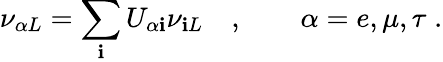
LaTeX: \nu_{{\alpha}L}=\sum_{\mathbf{i}}U_{{\alpha}\mathbf{i}}\nu_{\mathbf{i}L}\quad,\qquad\alpha=e,\mu,\tau\; .